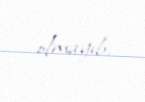
olmayıb.